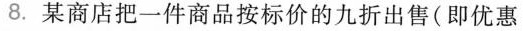
8.某商店把一件商品按标价的九折出售(即优惠